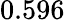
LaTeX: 0.596